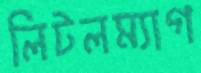
লিটলম্যাগ